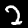
Label: 2